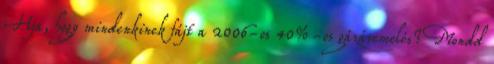
Hja, hogy mindenkinek fájt a 2006-os 40%-os gázáremelés? Mondd